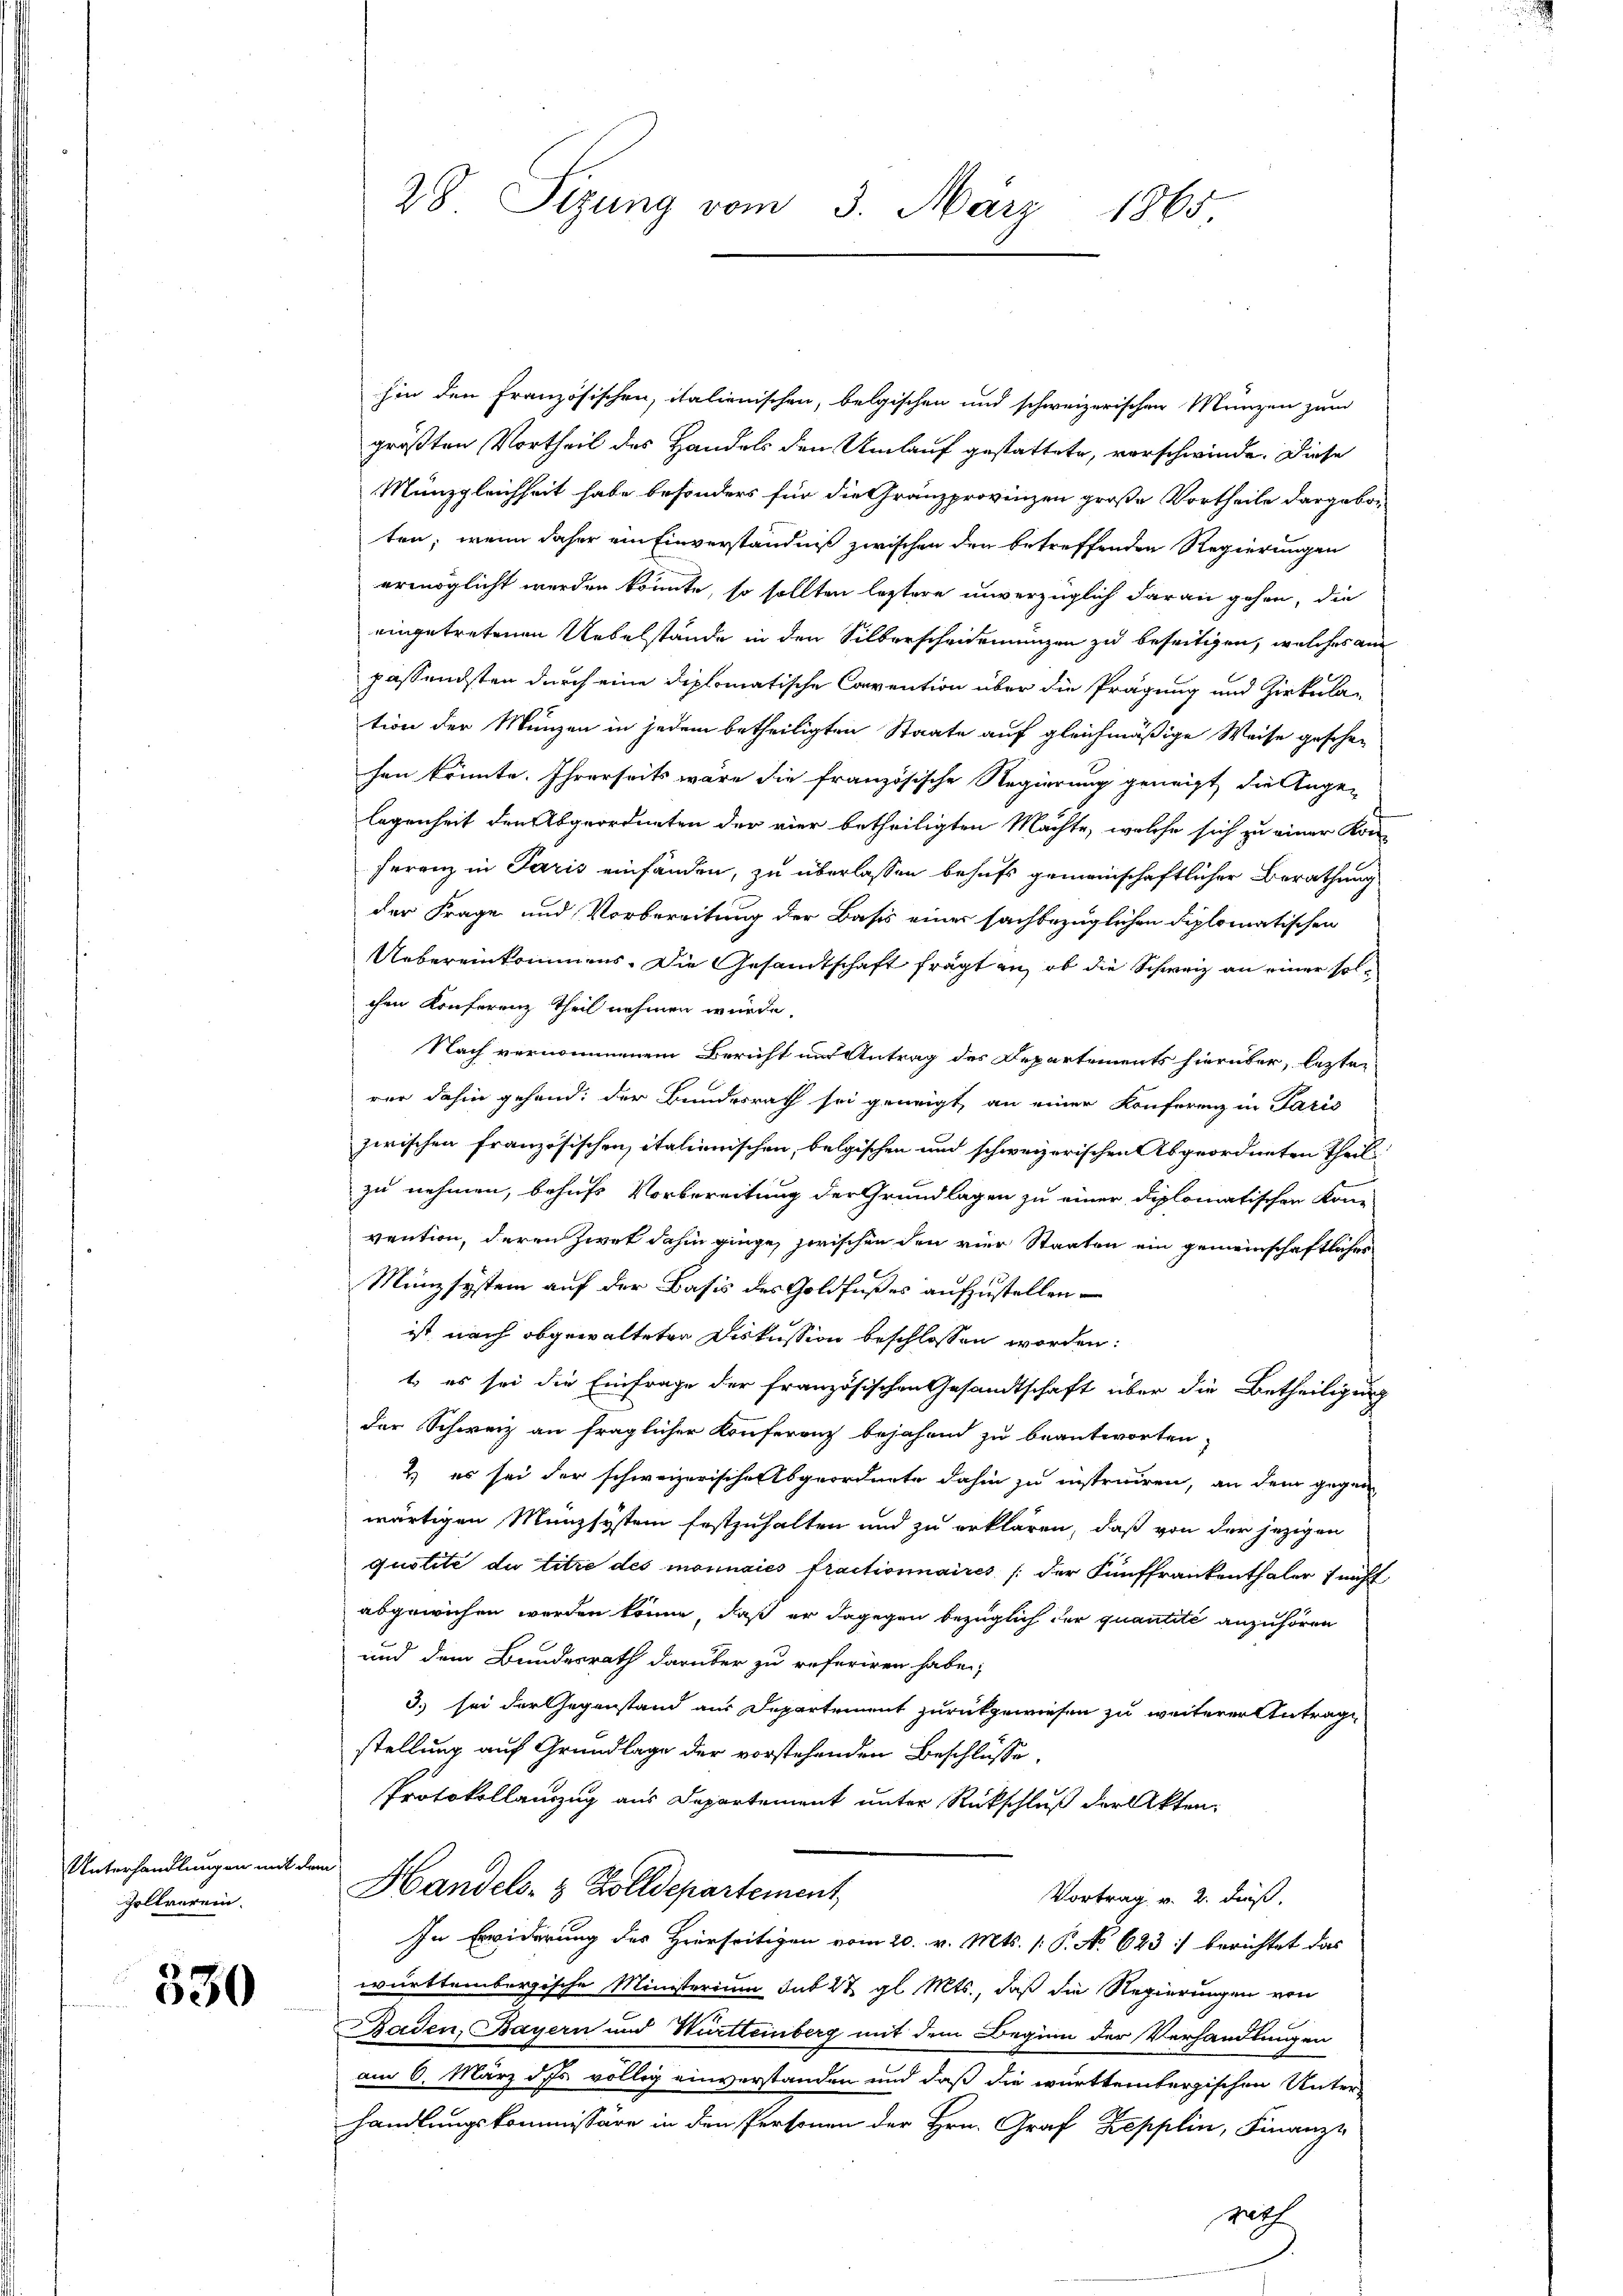
Unterhandlungen mit der
Zollverein.

330

28. Sizung vom 3. März 1865

hin den Französischen, italienischen, belgischen und schweizerischen Münzen zum
größten Vortheil des Handels den Umlauf gestattete, vorschwinde. Diese
Münzgleichheit habe besonders für die Granzprovinzen große Vortheile dargebor
ten; wenn daher ein Einverständniß zwischen den betreffenden Regierungen
ermöglicht werden könnte, so sollten leztere unverzüglich daran gehen, die
eingetretenen Uebelstände in den Silberscheidemanzen zu beseitigen, welches am
passendsten durch eine diplomatische Convention über die Prägung und Zirkula-
tion der Münzen in jedem betheiligten Staate auf gleichmäßige Weise geschen
fen könnte. Ihrerseits wäre die französische Regierung geneigt, die Angelegenheit den Abgeordneten der vier betheiligten Machte, welche sich zu einer Kon-
Ferenz in Paris einfänden, zu überlassen behufs gemeinschaftlicher Berathung
der Frage und Vorbereitung der Basis einer sachbezüglichen Diplomatischen
Uebereinkommens. Die Gesandtschaft frägt an, ob die Schweiz an einer solchen Konferenz Theil nehmen würde.
Nach vernommenem Bericht und Antrag des Departements hierüber, lezten
rer dahin gehend: der Bundesrath sei geneigt, an einer Konferenz in Paris
zwischen französischen italienischen, belgischen und schweizerischen Abgeordneten Theil
zu nehmen, behufs Vorbereitung der Grundlagen zu einer diplomatischen Kon-
vention, deren Zwet dahin ginge, serischen den vier Staaten ein gemeinschaftliches
Münzsystem auf der Basis des Goldfußes aufzustellen.
ist nach abgewalteten Diskussion beschlossen worden:
t es sei die Einfrage der französischen Gesandtschaft über die Betheiligung
der Schweiz an fraglicher Konferenz bejahend zu beantworten,
2) es sei der schweizerischen Abgeordnete dahin zu instruiren, an dem gegen
wärtigen Münzsystem festzuhalten und zu erklären, daß von der jezigen
quotité du titre des monnaies fractionnaires /: der Fünffrankenthaler sucht
abgewichen werden könne, daß er dagegen bezüglich der quantité anzuhören
und dem Bundesrath darüber zu referiren habe;
3) sei der Gegenstand aus Departement zurückgewiesen zu weiterer Antrage
stellung auf Grundlage der vorstehenden Beschlusse
Protokollenzug aus Departement unter Rückschluß der Akten¬
Handels- & Zolldepartement
Vortrag v. 2. dieß.
In Erwiderung des Hierseitigen vom 20. v. Mts. (: P. No 623 :/ berichtet das
württembergische Ministerium sub 27 gl. Mts., daß die Regierungen von
Baden, Bayern und Württemberg mit dem Beginn der Verhandlungen
am 6. März ds völlig einverstanden und daß die württembergischen Unter-
handlungskommissäre in den Personen der Hrn. Graf Zepplin, Finanz-
rth